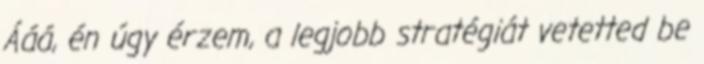
Ááá, én úgy érzem, a legjobb stratégiát vetetted be